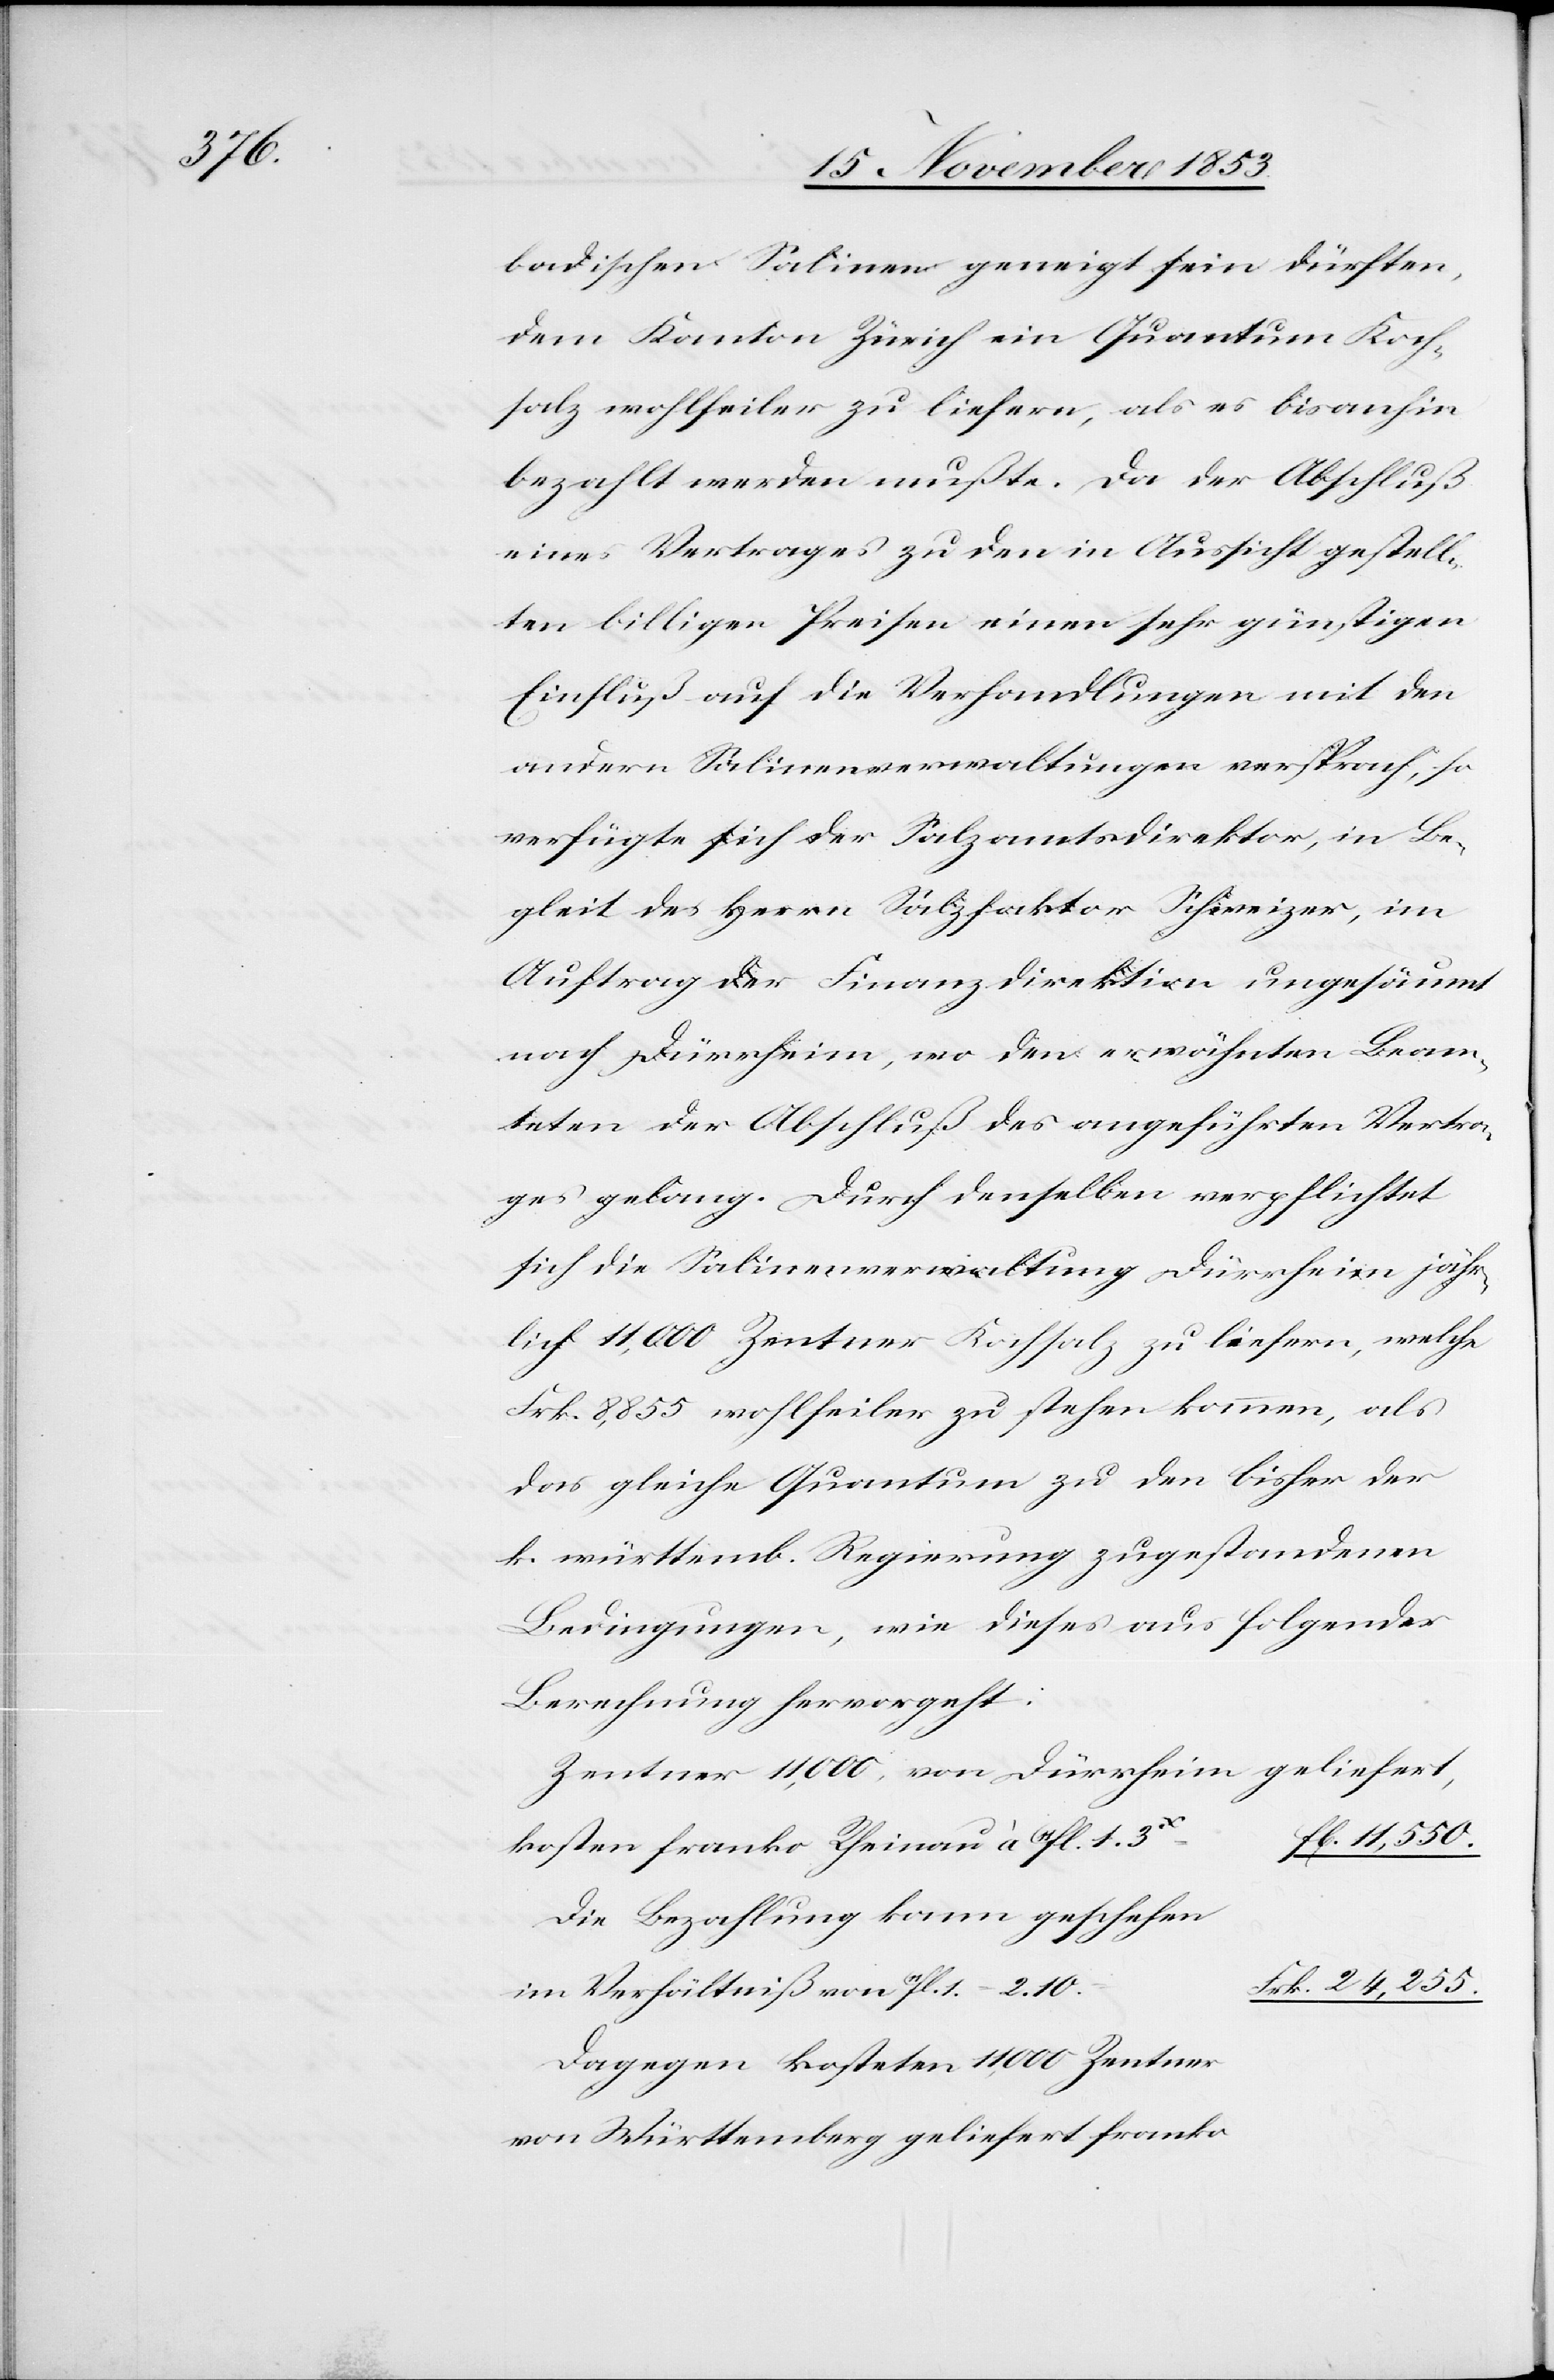
badischen Salinen geneigt sein dürften,
dem Kanton Zürich ein Quantum Koch¬
salz wohlfeiler zu liefern, als es bisanhin
bezahlt werden mußte. Da der Abschluß
eines Vertrages zu den in Aussicht gestell¬
ten billigen Preisen einen sehr günstigen
Einfluß auf die Verhandlungen mit den
andern Salinenverwaltungen versprach, so
verfügte sich der Salzamtsdirektor, in Be¬
gleit des Herrn Salzfaktor Schweizer, im
Auftrag der Finanzdirektion ungesäumt
nach Dürrheim, wo den erwähnten Beam¬
teten der Abschluß des angeführten Vertrages
sich die Salinenverwaltung Dürrheim jähr¬
lich 11,000 Zentner Kochsalz zu liefern, welche
Frk. 8,885 wohlfeiler zu stehen kommen, als
das gleiche Quantum zu den bisher der
k. württemb. Regierung zugestandenen
Bedingungen, wie dieses aus folgender
Berechnung hervorgeht:
Zentner 11,000, von Dürrheim geliefert,
fl. 11,550.
kosten franko Rheinau à fl. 1. 3.x
Die Bezahlung kann geschehen
rk. 24,255.
Verhältniß von fl. 1. – 2.10	F¬
Dagegen kosteten 11,000 Zentner
von Württemberg geliefert franko